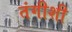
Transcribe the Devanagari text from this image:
तंगीशी